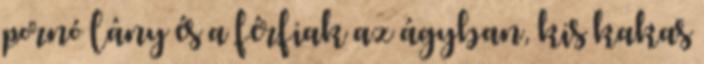
pornó lány és a férfiak az ágyban, kis kakas